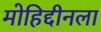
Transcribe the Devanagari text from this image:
मोहिद्दीनला